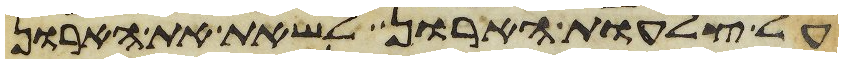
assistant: על צלעות הארון לשאת את הארון